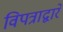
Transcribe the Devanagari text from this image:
विपत्राद्वारे